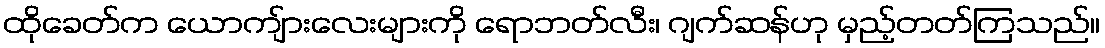
ထိုခေတ်က ယောကျ်ားလေးများကို ရောဘတ်လီး၊ ဂျက်ဆန်ဟု မှည့်တတ်ကြသည်။